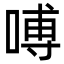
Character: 㗘